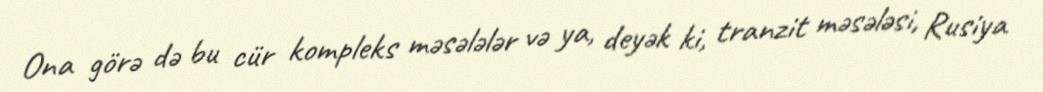
Ona görə də bu cür kompleks məsələlər və ya, deyək ki, tranzit məsələsi, Rusiya